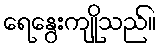
ရေနွေးကျိုသည်။